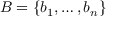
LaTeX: B = \{ b _ { 1 } , \ldots , b _ { n } \}